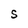
Character: S